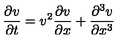
{ \frac { \partial v } { \partial t } } = v ^ { 2 } { \frac { \partial v } { \partial x } } + { \frac { \partial ^ { 3 } v } { \partial x ^ { 3 } } }